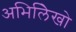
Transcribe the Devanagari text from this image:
अभिलिेखो